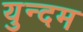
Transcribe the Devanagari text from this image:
युन्दम